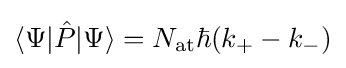
\langle \Psi |{\hat {P}}|\Psi \rangle =N_{\text{at}}\hbar (k_{+}-k_{-})